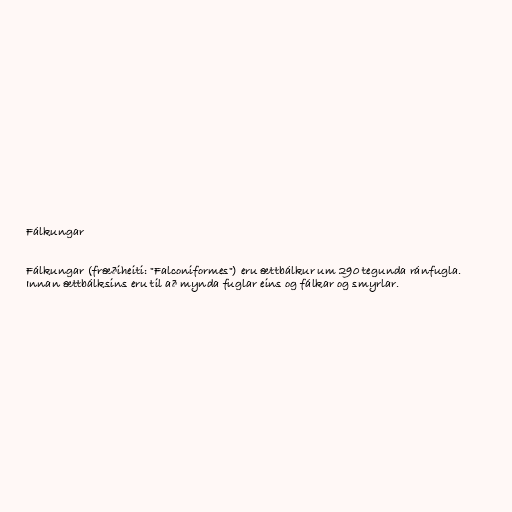
Fálkungar

Fálkungar (fræðiheiti: "Falconiformes") eru ættbálkur um 290 tegunda ránfugla.
Innan ættbálksins eru til að mynda fuglar eins og fálkar og smyrlar.